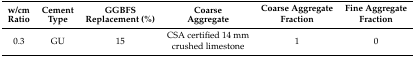
<table><thead><tr><td><b>w/cm Ratio</b></td><td><b>Cement Type</b></td><td><b>GGBFS Replacement (%)</b></td><td><b>Coarse Aggregate</b></td><td><b>Coarse Aggregate Fraction</b></td><td><b>Fine Aggregate Fraction</b></td></tr></thead><tbody><tr><td rowspan="2">0.3</td><td rowspan="2">GU</td><td rowspan="2">15</td><td>CSA certified 14 mm</td><td rowspan="2">1</td><td rowspan="2">0</td></tr><tr><td>crushed limestone</td></tr></tbody></table>